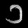
Digit: ၁